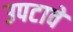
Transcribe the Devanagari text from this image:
उपटावे